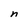
Character: n